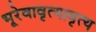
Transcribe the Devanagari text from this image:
भूरेवावृत्यावृत्य